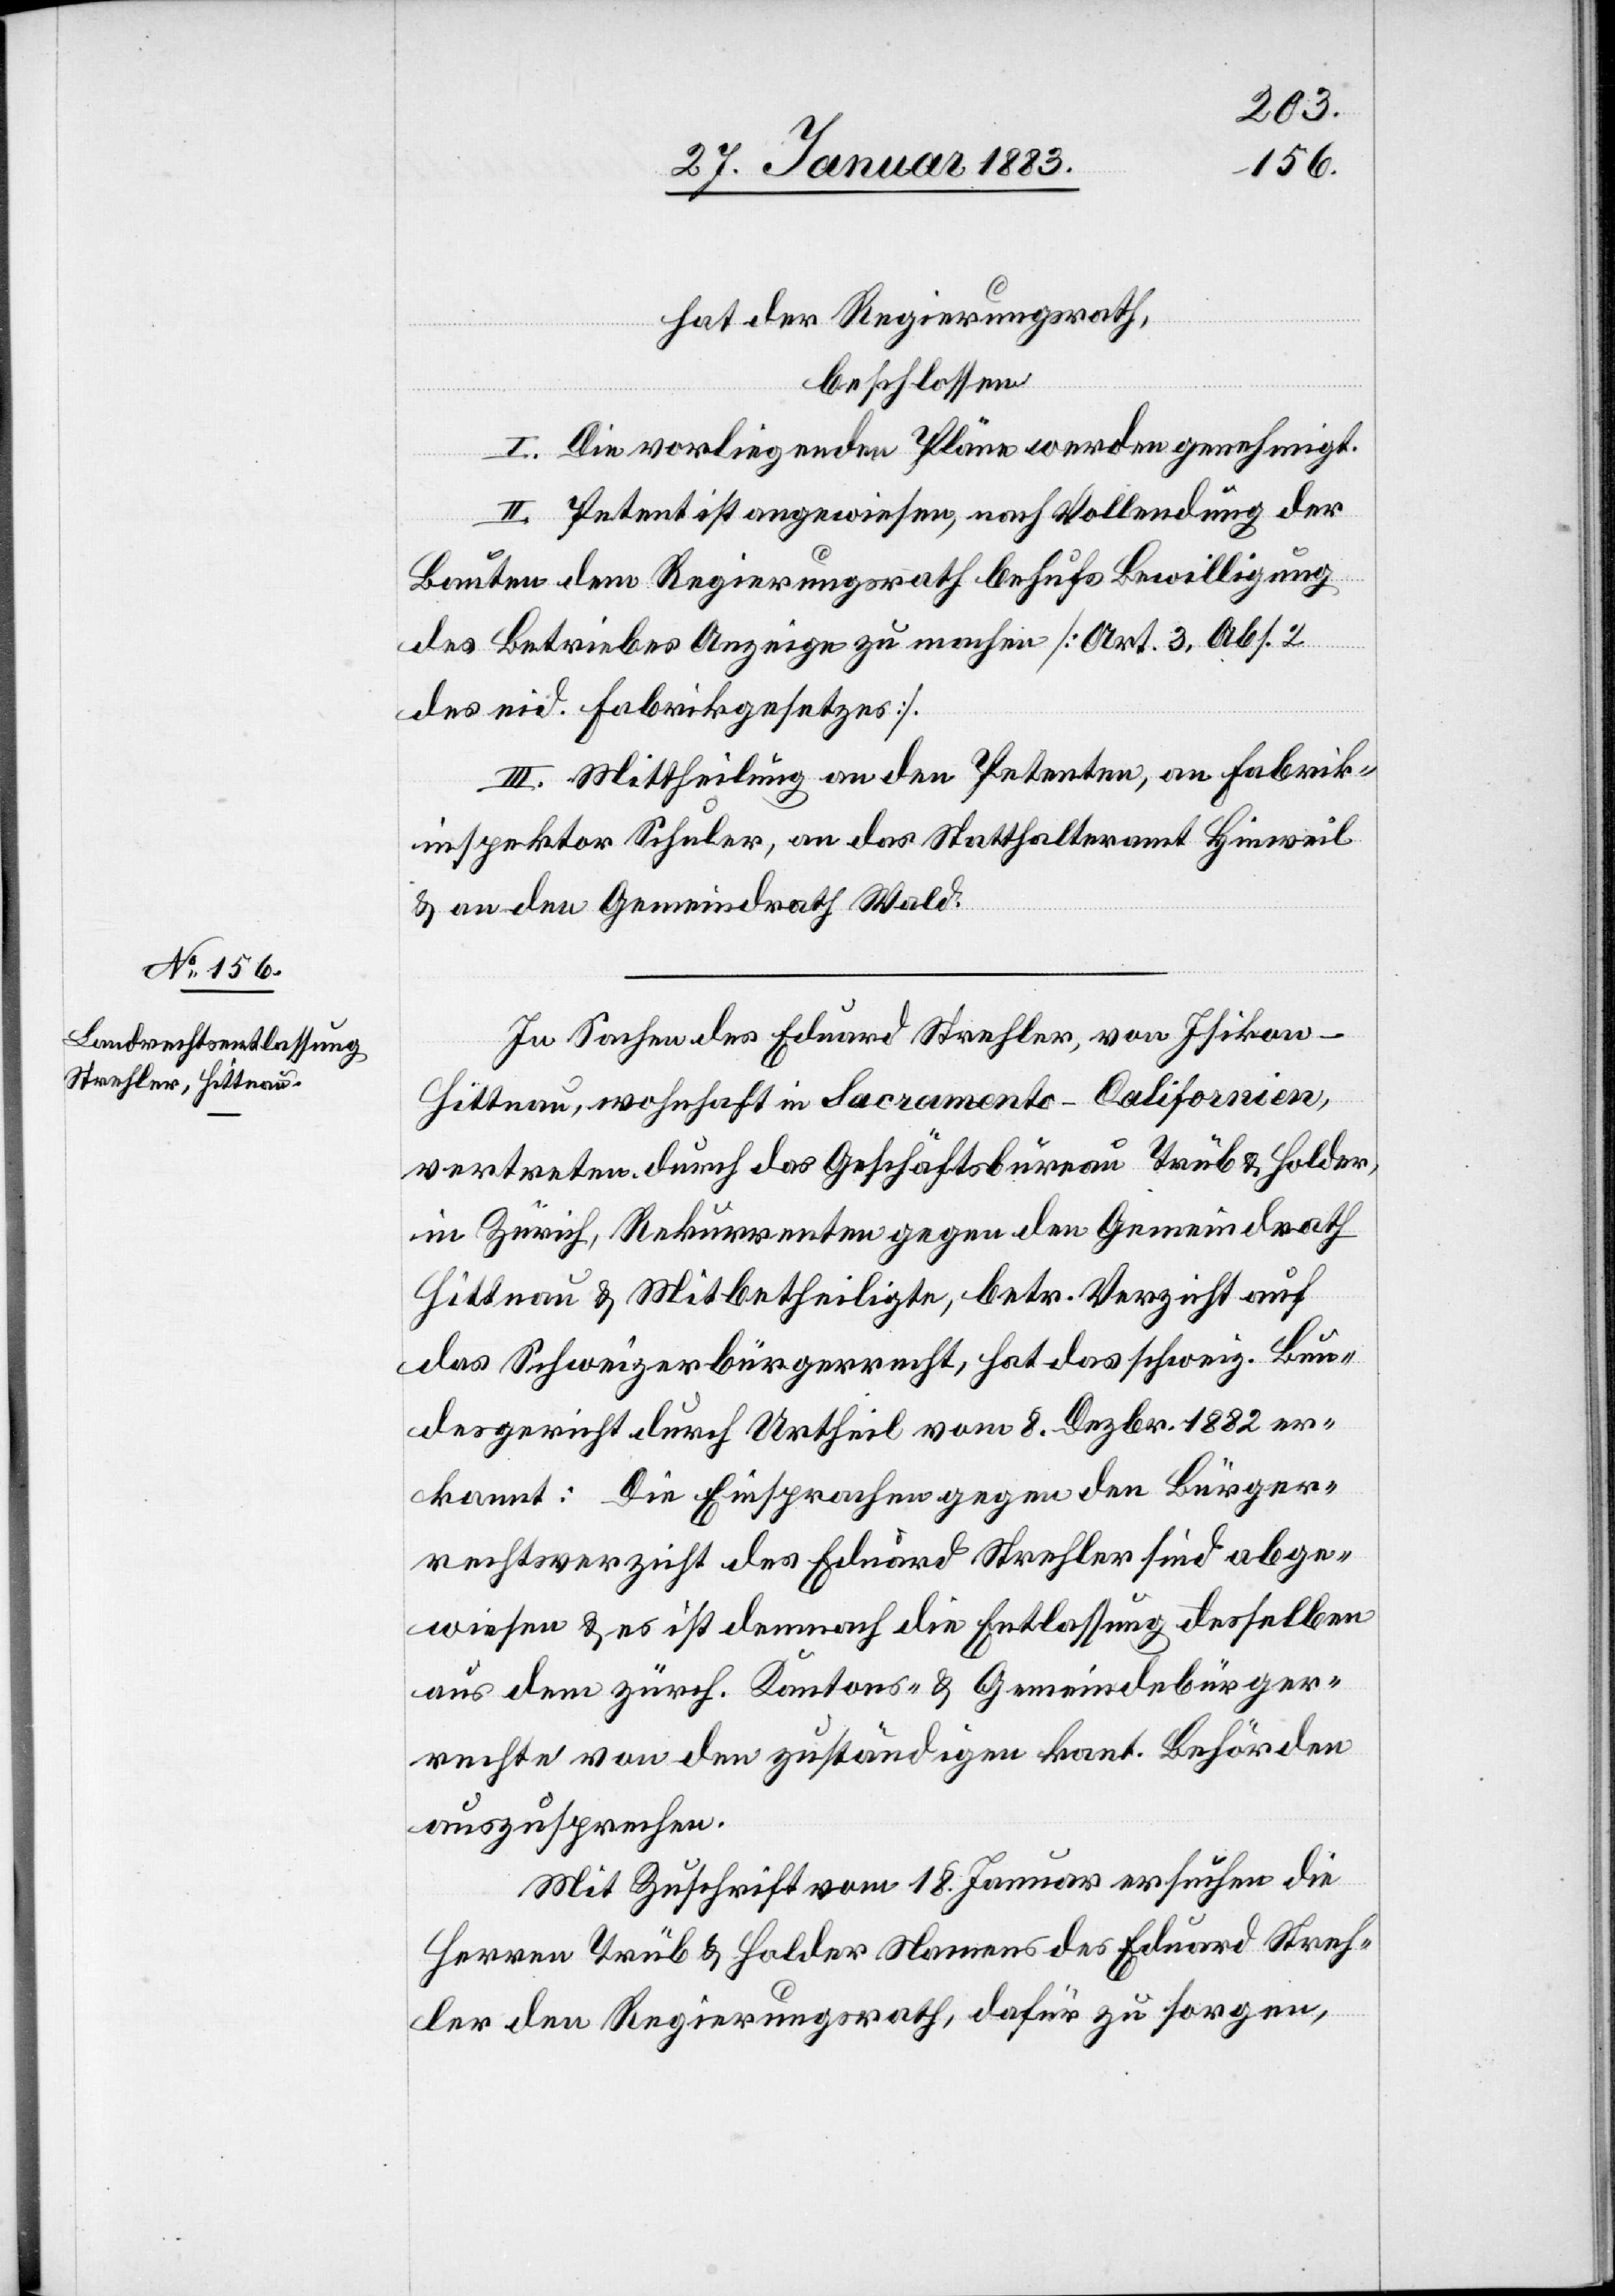
hat der Regierungsrath,
beschlossen
I. Die vorliegenden Pläne werden genehmigt.
II. Petent ist angewiesen, nach Vollendung der
Bauten dem Regierungsrath behufs Bewilligung
des Betriebes Anzeige zu machen [Art. 3, Abs. 2
des eid. Fabrikgesetzes].
III. Mittheilung an den Petenten, an Fabrik¬
inspektor Schuler, an das Statthalteramt Hinweil
& an den Gemeindrath Wald.
In Sachen des Eduard Strehler, von Isikon
Hittnau, wohnhaft in Sacramento - Californien,
vertreten durch das Geschäftsbüreau Trüb & Holder,
in Zürich, Rekurrenten gegen den Gemeindrath
Hittnau & Mitbetheiligte, betr. Verzicht auf
das Schweizerbürgerrecht, hat das schweiz. Bun¬
desgericht durch Urtheil vom 8. Dezbr. 1882 er¬
kannt: Die Einsprachen gegen den Bürger¬
rechtsverzicht des Eduard Strehler sind abge¬
wiesen & es ist demnach die Entlassung desselben
aus dem zürch. Kantons- & Gemeindebürger¬
recht von den zuständigen kant. Behörden
auszusprechen.
Mit Zuschrift vom 18. Januar ersuchen die
Herren Trüb & Holder Namens des Eduard Streh¬
ler den Regierungsrath, dafür zu sorgen,